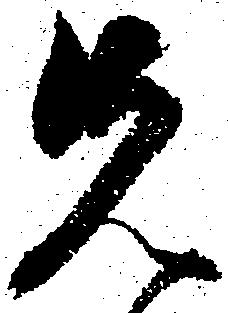
先